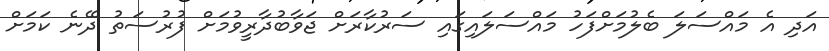
އަދި އެ މައްސަލަ ބެލުމަށްފަހު މައްސަލައިގައި ސަރުކާރަށް ޖަވާބުދާރީވުމަށް ފުރުސަތު ދޭނެ ކަމަށް